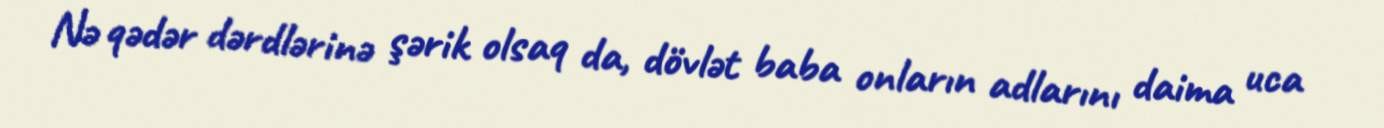
Nə qədər dərdlərinə şərik olsaq da, dövlət baba onların adlarını daima uca